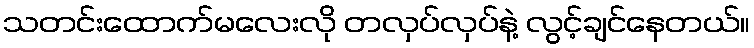
သတင်းထောက်မလေးလို တလှပ်လှပ်နဲ့ လွင့်ချင်နေတယ်။